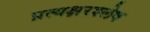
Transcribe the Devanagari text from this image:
प्रत्यक्षरश्लेष